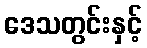
ဒေသတွင်းနှင့်